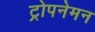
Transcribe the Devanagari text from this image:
ट्रोपनेमन